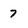
Character: 7